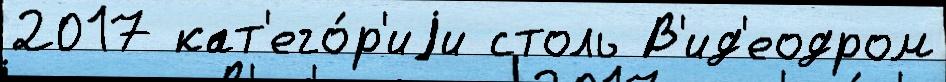
2017 кат'его́р'иjи столь В'ид'еодром